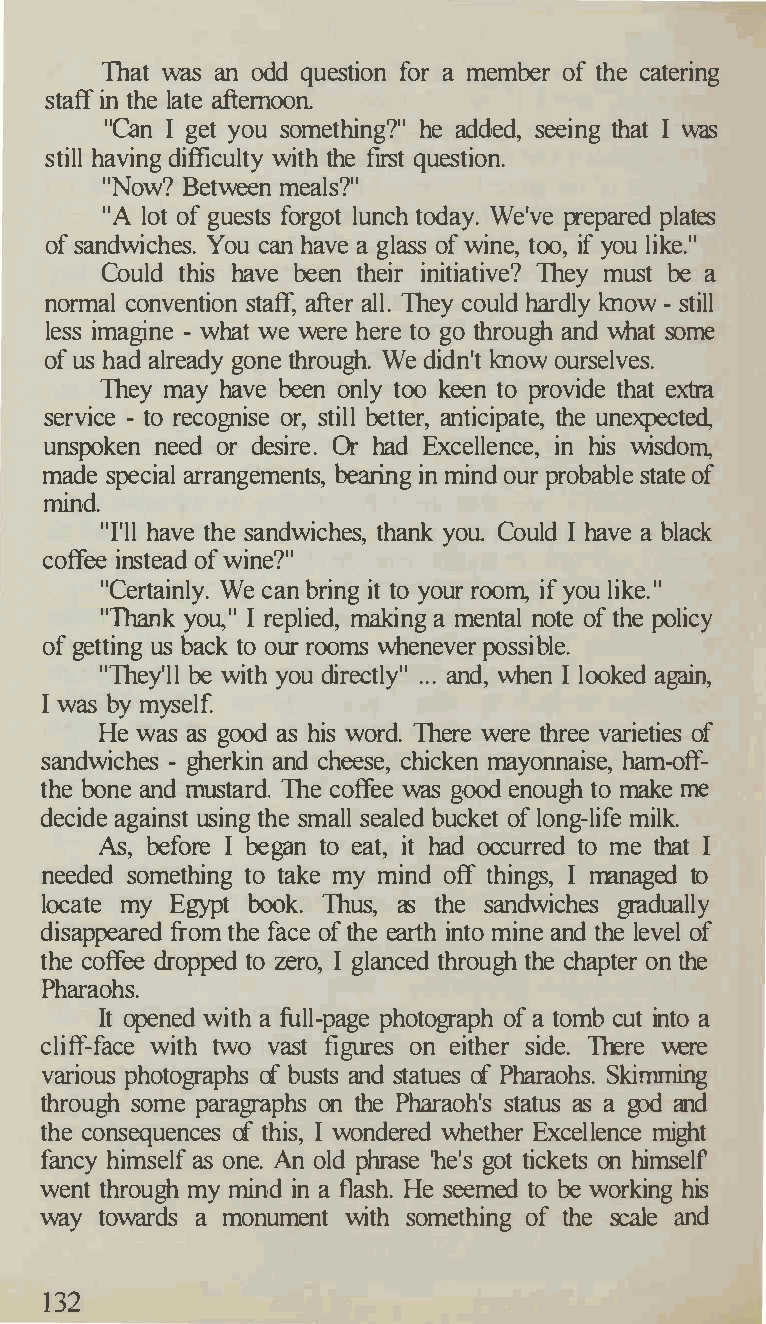
lbat was an odd question for a member of the catering
 staff in the late afternoon
 "Can I get you something?" he added, seeing that I was
 still having difficulty with the first question.
 "Now? Between meals?"
 "A lot of guests forgot lunch today. We've prepared plates
 of sandwiches. You can havae glass of wine, too, if you like."
 Could this have been their initiative? They must be a
 normal convention staff, after all. They could hardly know - still
 less imagine - what we were here to go through and what some
 of us had already gone through. We didn't know ourselves.
 They may have been only too keen to provide that extra
 service - to recognise or, still better, anticipate, the unexpected,
 unspoken need or desire. Or had Excellence, in his wisdom,
 made special arrangements, bearing in mind our probable state of
 mind.
 "I'll have the sandwiches, thank you Could I have a black
 coffee instead of wine?"
 "Certainly. We can bring it to your room, if you like."
 "Thank you," I replied, making a mental note of the policy
 of getting us back to our rooms whenever possible.
 "They'll be with you directly" ... and, when I looked again,
 I was by myself.
 He was as good as his word. There were three varieties of
 sandwiches - gherkin and cheese, chicken mayonnaise, ham-off­
 the bone and mustard. The coffee was good enough to make me
 decide against using the small sealed bucket of long-life milk.
 As, before I began to eat, it had occurred to me that I
 needed something to take my mind off things, I managed to
 locate my Egypt book. Thus, as the sandwiches gradually
 disappeared from the face of the earth into mine and the level of
 the coffee dropped to zero, I glanced through the chapter on the
 Pharaohs.
 It opened with a full-page photograph of a tombc ut into a
 cliff-face with two vast fi es on either side. There were
 gur
 various photographs of busts and statues of Pharaohs. Skimming
 through some paragraphs on the Pharaoh's status as a god and
 the consequences of this, I wondered whether Excleenlce might
 fancy himself as one. An old phrase 'he's got tickets on himself
 went through my mind in a flash. He seemed to be working his
 way towards a monument with something of the scale and
 132